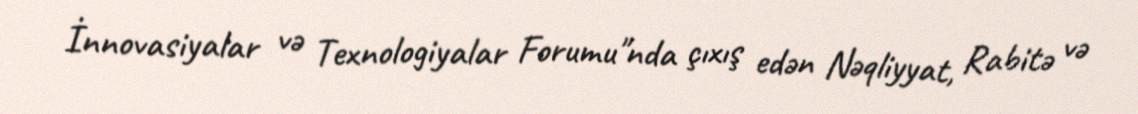
İnnovasiyalar və Texnologiyalar Forumu"nda çıxış edən Nəqliyyat, Rabitə və